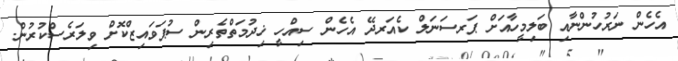
އެހެން ނަރުހުންނާއި ބަލިމީހާއަށް ޕަރސަނަލް ކެއަރދޭ އެހެން ސިއްހީ ޚިދުމަތްތެރިން ސުޕަވައިޒްކޮށް ވިލަރެސްކުރުން.